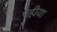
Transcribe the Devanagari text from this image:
पहीया